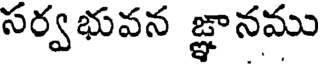
సర్వభువన జ్ఞానము